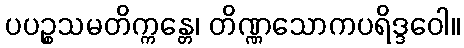
ပပဉ္စသမတိက္ကန္တေ၊ တိဏ္ဏသောကပရိဒ္ဒဝေါ။